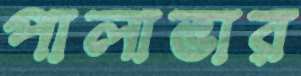
পালাভার